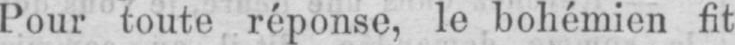
Pour toute réponse, le bohémien fit